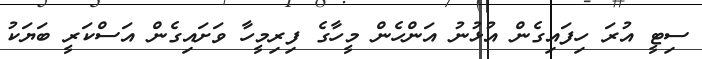
ސިޓީ އުރަ ހިފައިގެން އުޅުނު އަންހެން މީހާގެ ފިރިމީހާ ވަށައިގެން އަސްކަރީ ބަޔަކު